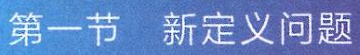
第一节 新定义问题